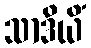
သာဒိယိံ